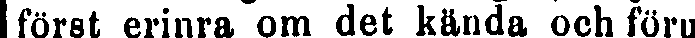
först erinra om det kända och förut